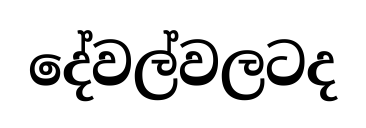
දේවල්වලටද